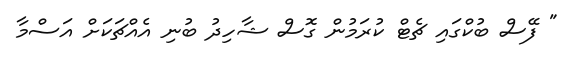
" ފޭސް ބުކްގައި ޗެޓް ކުރަމުން ގޮސް ޝާހިދު ބުނި އެއްޗަކަށް އަސްމާ